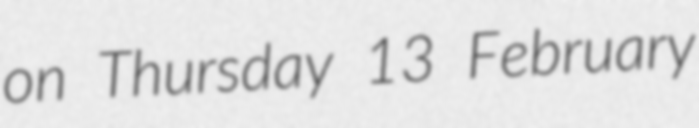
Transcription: on Thursday 13 February